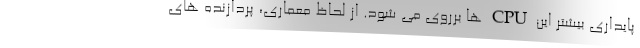
پایداری بیشتر این CPU ها برروی می شود. از لحاظ معماری، پردازنده های